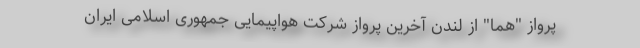
پرواز "هما" از لندن آخرین پرواز شرکت هواپیمایی جمهوری اسلامی ایران